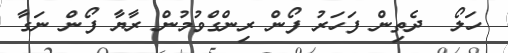
ހަލޯ  ދެތިން ފަހަރު ފޯން ރިންގްވުމުން ރާޔާ ފޯން ނަގާ